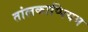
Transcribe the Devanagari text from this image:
तांलकाप्पियम